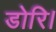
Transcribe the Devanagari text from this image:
डोरि।